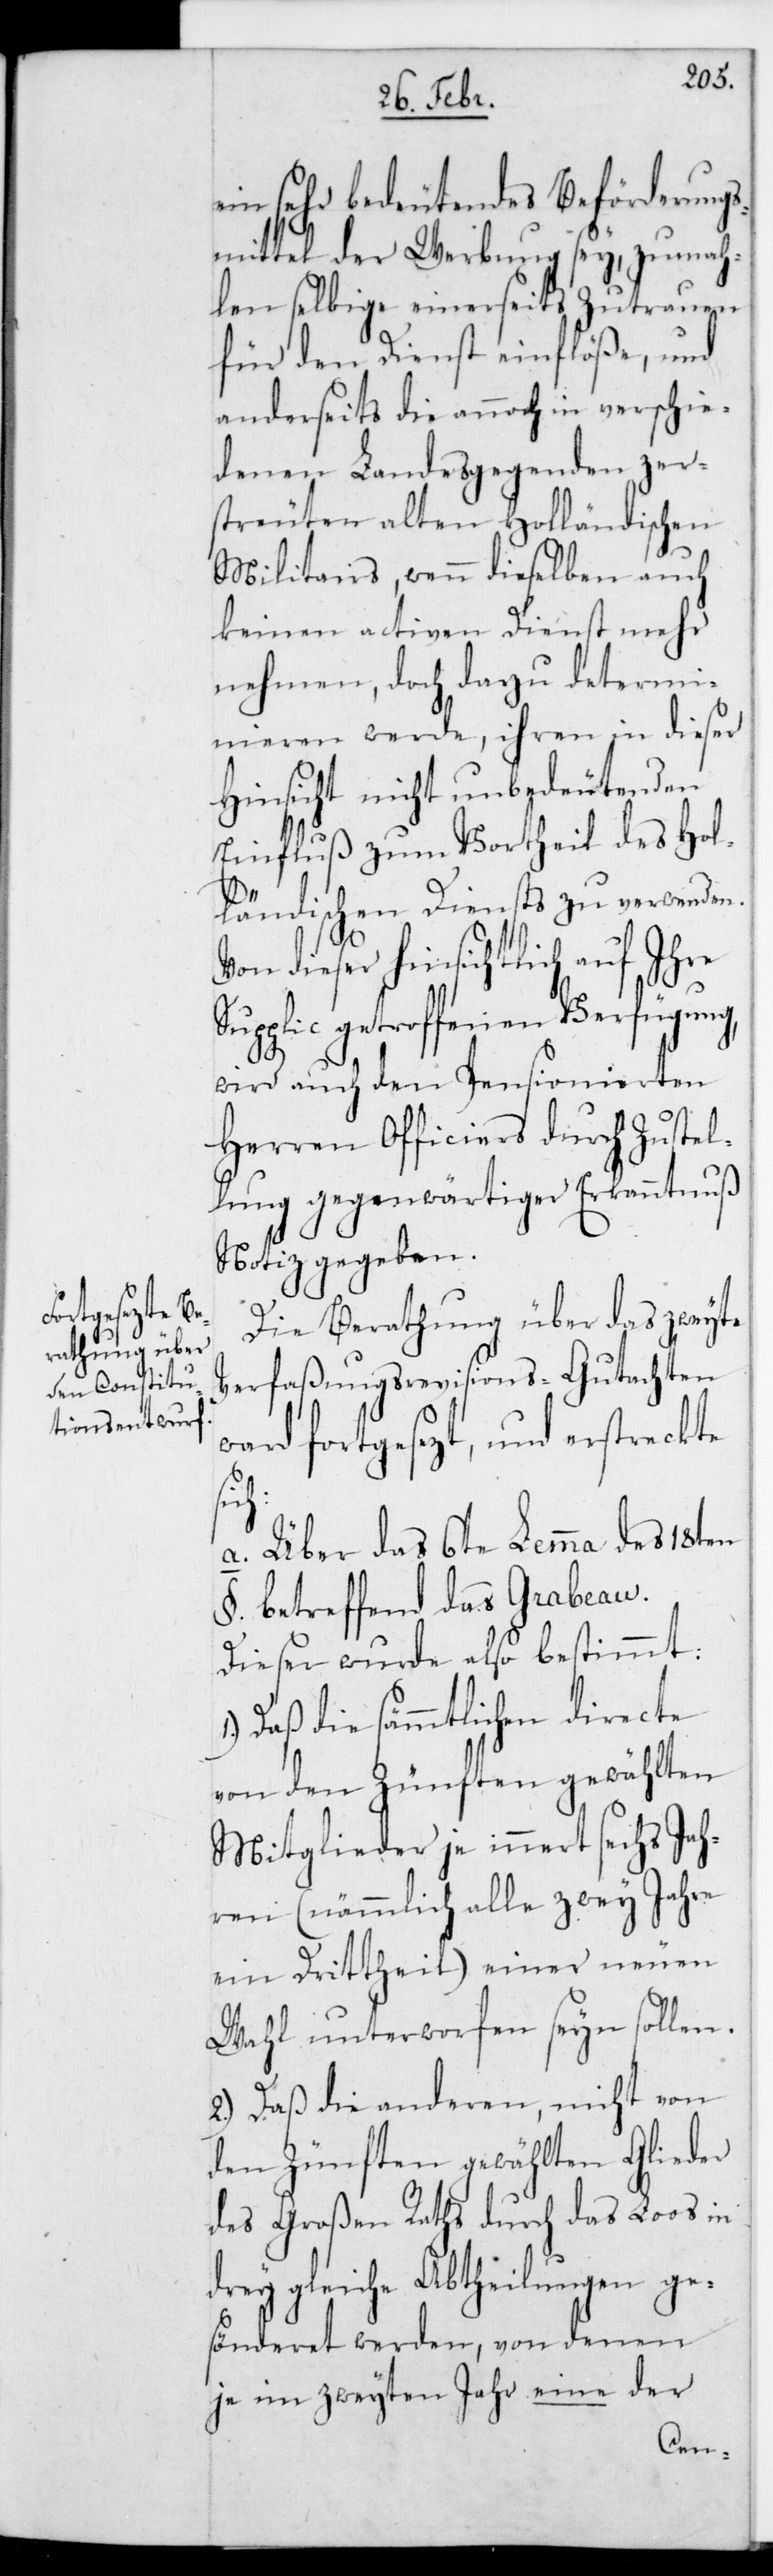
ein sehr bedeutendes Beförderungs¬
mittel der Werbung sey, zumah¬
len selbige einerseits Zutrauen
für den Dienst einflöße, und
anderseits die annoch in verschie¬
denen Landesgegenden zer¬
streuten alten Holländischen
Militairs, wenn dieselben auch
keinen activen Dienst mehr
nehmen, doch dazu determi¬
nieren werde, ihren in dieser
Hinsicht nicht unbedeutenden
Einfluß zum Vortheil des Hol¬
ländischen Diensts zu verwenden.
dieser hinsichtlich auf ihre
Supplic getroffenen Verfügung,
wird auch den pensionierten
Herren Officiers durch Zustel¬
lung gegenwärtiger Erkanntnuß
Notiz gegeben.
Die Berathung über das zweyte
Verfaßungsrevisions-Gutachten
ward fortgesezt, und erstreckte
a. Über das 6te Lemma des 18ten
§. betreffend das Grabeau.
Dieser wurde also bestimmt:
Daß die sämmtlichen directe
von den Zünften gewählten
Mitglieder je innert sechs Jah¬
ren (nämmlich alle zwey Jahre
ein Drittheil) einer neuen
Wahl unterworfen sein sollen.
2.) Daß die anderen, nicht von
den Zünften gewählten Glieder
der Großen Raths durch das Los in
drey gleiche Abtheilungen ge¬
sönderet werden, von denen
je im zweyten Jahr eine der